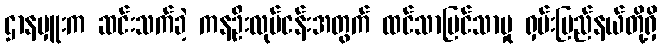
ဌာနမှူးက ဆင်းသက်ခဲ့ ကနဦးလုပ်ငန်းအတွက် ထင်သာမြင်သာမှု ရှမ်းပြည်နယ်တို့ရှိ